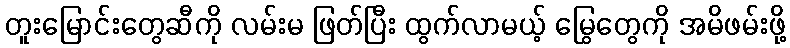
တူးမြောင်းတွေဆီကို လမ်းမ ဖြတ်ပြီး ထွက်လာမယ့် မြွေတွေကို အမိဖမ်းဖို့